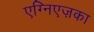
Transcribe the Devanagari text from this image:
एग्निएज़का